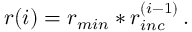
r ( i ) = r _ { m i n } * r _ { i n c } ^ { ( i - 1 ) } \, .